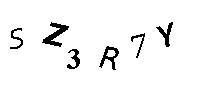
SZ3R7Y